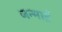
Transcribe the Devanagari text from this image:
जन्माई